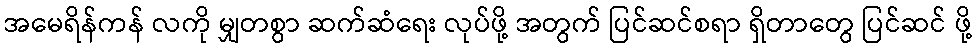
အမေရိန်ကန် လကို မျှတစွာ ဆက်ဆံရေး လုပ်ဖို့ အတွက် ပြင်ဆင်စရာ ရှိတာတွေ ပြင်ဆင် ဖို့